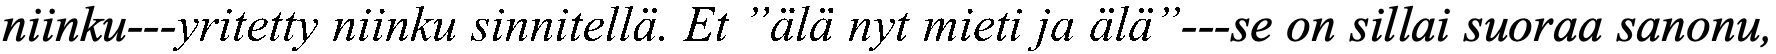
niinku---yritetty niinku sinnitellä. Et ”älä nyt mieti ja älä”---se on sillai suoraa sanonu,